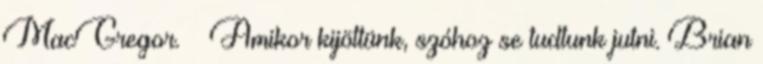
MacGregor. – Amikor kijöttünk, szóhoz se tudtunk jutni. Brian